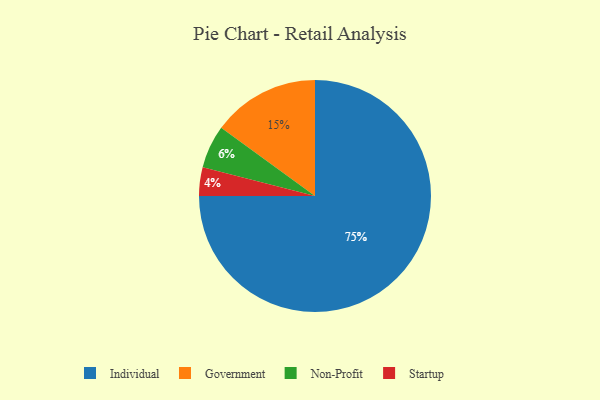
{"axis": {"x": "Category", "y": "Percentage"}, "legend": ["Government", "Individual", "Non-Profit", "Startup"], "data": [{"x": "Government", "y": 15, "type": "Government"}, {"x": "Non-Profit", "y": 6, "type": "Non-Profit"}, {"x": "Startup", "y": 4, "type": "Startup"}, {"x": "Individual", "y": 75, "type": "Individual"}]}